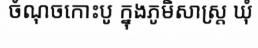
ចំណុចកោះបូ ក្នុងភូមិសាស្ត្រ ឃុំ